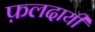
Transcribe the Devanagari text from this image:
फ़लदायी